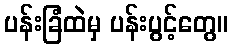
ပန်းခြံထဲမှ ပန်းပွင့်တွေ။